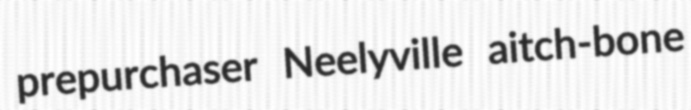
prepurchaser Neelyville aitch-bone